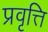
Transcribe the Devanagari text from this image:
प्रवृत्ति